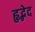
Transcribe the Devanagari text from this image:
हृद्भेद